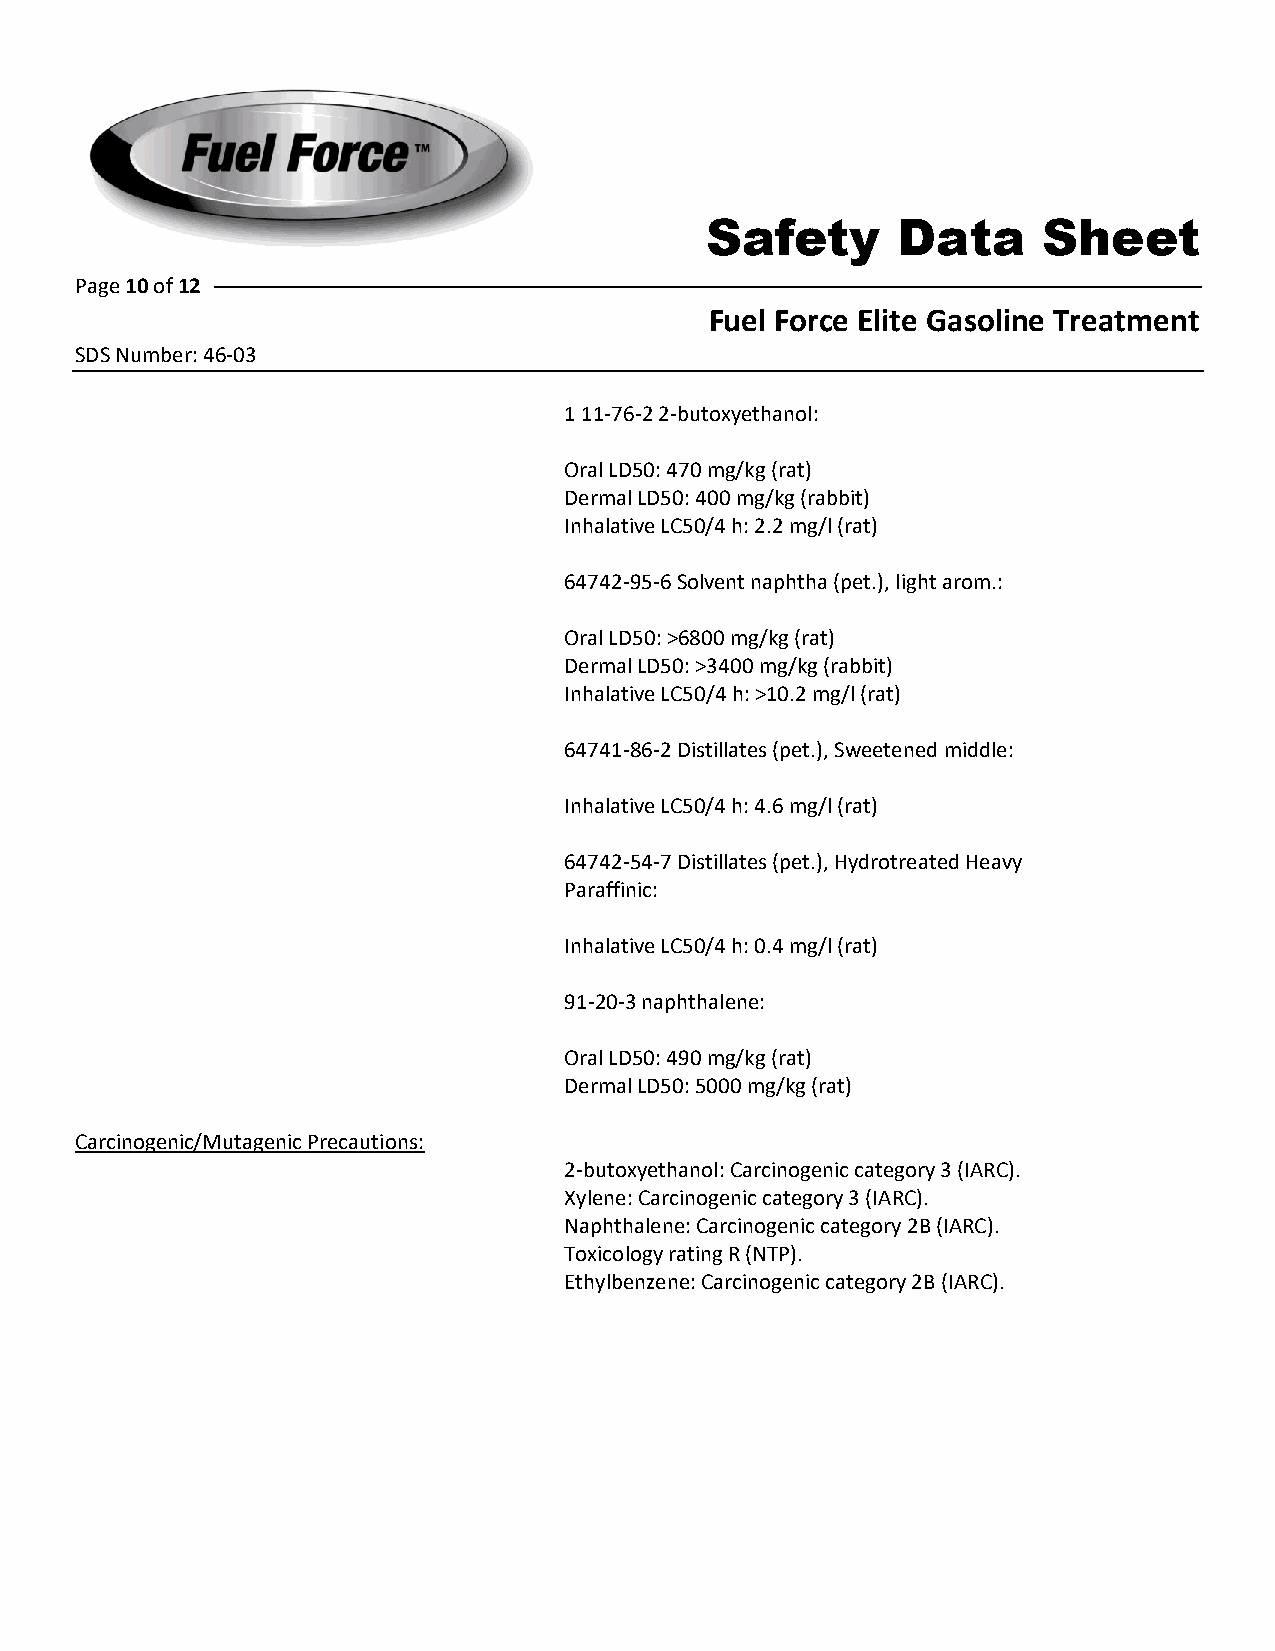
Safety      Data      Sheet
 Page 10 of 12
 Fuel Force Elite Gasoline Treatment
 SDS Number: 46-03
 1 11-76-2 2-butoxyethanol:
 Oral LD50: 470 mg/kg (rat)
 Dermal LD50: 400 mg/kg (rabbit)
 Inhalative LC50/4 h: 2.2 mg/l (rat)
 64742-95-6 Solvent naphtha (pet.), light arom.:
 Oral LD50: >6800 mg/kg (rat)
 Dermal LD50: >3400 mg/kg (rabbit)
 Inhalative LC50/4 h: >10.2 mg/l (rat)
 64741-86-2 Distillates (pet.), Sweetened middle:
 Inhalative LC50/4 h: 4.6 mg/l (rat)
 64742-54-7 Distillates (pet.), Hydrotreated Heavy
 Paraffinic:
 Inhalative LC50/4 h: 0.4 mg/l (rat)
 91-20-3 naphthalene:
 Oral LD50: 490 mg/kg (rat)
 Dermal LD50: 5000 mg/kg (rat)
 Carcinogenic/Mutagenic Precautions:
 2-butoxyethanol: Carcinogenic category 3 (IARC).
 Xylene: Carcinogenic category 3 (IARC).
 Naphthalene: Carcinogenic category 2B (IARC).
 Toxicology rating R (NTP).
 Ethylbenzene: Carcinogenic category 2B (IARC).